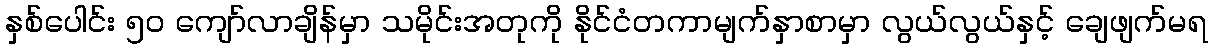
နှစ်ပေါင်း ၅ဝ ကျော်လာချိန်မှာ သမိုင်းအတုကို နိုင်ငံတကာမျက်နှာစာမှာ လွယ်လွယ်နှင့် ချေဖျက်မရ